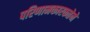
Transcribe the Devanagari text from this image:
परिणामकारकतेने